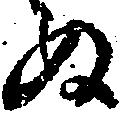
ぬ